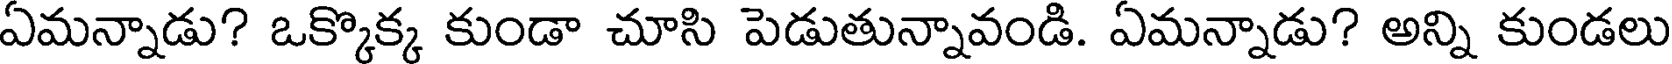
ఏమన్నాడు? ఒక్కొక్క కుండా చూసి పెడుతున్నావండి. ఏమన్నాడు? అన్ని కుండలు